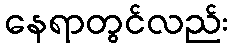
နေရာတွင်လည်း